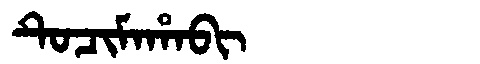
Manchu: ᡨᡠᠴᡳᠮᠠᡥᠠᠪᡳ
Romanization: TUCIMAHABI